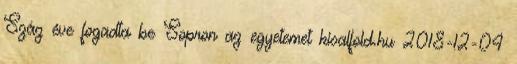
Száz éve fogadta be Sopron az egyetemet kisalfold.hu 2018-12-04